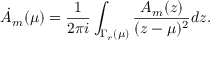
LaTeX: \dot { A } _ { m } ( \mu ) = { \frac { 1 } { 2 \pi i } } \int _ { \Gamma _ { r } ( \mu ) } { \frac { A _ { m } ( z ) } { ( z - \mu ) ^ { 2 } } } d z .